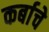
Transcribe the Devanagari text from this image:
कर्बाचे